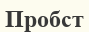
Пробст